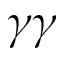
\gamma \gamma